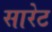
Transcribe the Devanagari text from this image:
सारेट